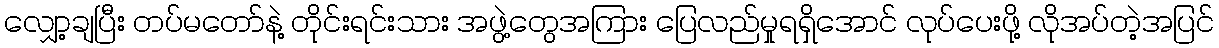
လျှော့ချပြီး တပ်မတော်နဲ့ တိုင်းရင်းသား အဖွဲ့တွေအကြား ပြေလည်မှုရရှိအောင် လုပ်ပေးဖို့ လိုအပ်တဲ့အပြင်